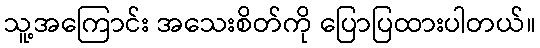
သူ့အကြောင်း အသေးစိတ်ကို ပြောပြထားပါတယ်။